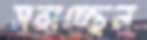
সরাচ্ছেন